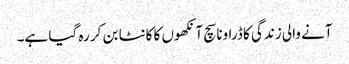
آنے والی زندگی کا ڈراونا سچ آنکھوں کا کانٹا بن کر رہ گیا ہے۔